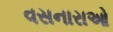
વસનારાઓ